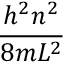
\frac { h ^ { 2 } n ^ { 2 } } { 8 m L ^ { 2 } }